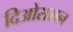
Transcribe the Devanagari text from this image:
दिओससन